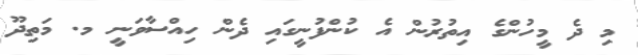
މި ދެ މީހުންގެ އިތުރުން އެ ކުންފުނީގައި ދެން ހިއްސާވަނީ މ. މަތިދޫ